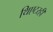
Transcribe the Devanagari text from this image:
थिएटरही